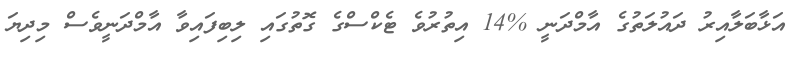
އަޅާބަލާއިރު ދައުލަތުގެ އާމްދަނީ %14 އިތުރުވެ ޓެކްސްގެ ގޮތުގައި ލިބިފައިވާ އާމްދަނީވެސް މިދިޔަ